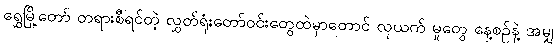
ရွှေမြို့တော် တရားစီရင်တဲ့ လွှတ်ရုံးတော်ဝင်းတွေထဲမှာတောင် လုယက် မှုတွေ နေ့စဉ်နဲ့ အမျှ